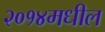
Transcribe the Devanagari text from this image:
२०१४मधील